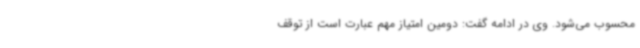
محسوب می‌شود. وی در ادامه گفت: دومین امتیاز مهم عبارت است از توقف